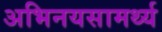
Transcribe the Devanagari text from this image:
अभिनयसामर्थ्य